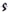
Text: S